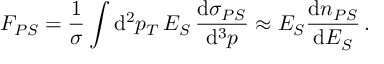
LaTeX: F _ { P S } = { \frac { 1 } { \sigma } } \int \mathrm { d } ^ { 2 } p _ { T } \, E _ { S } \, { \frac { \mathrm { d } \sigma _ { P S } } { \mathrm { d } ^ { 3 } p } } \approx E _ { S } { \frac { \mathrm { d } n _ { P S } } { \mathrm { d } E _ { S } } } \, .